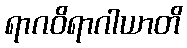
ရာဂဝိရာဂါယာတိ